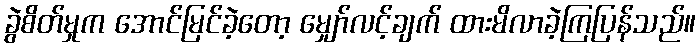
ခွဲစိတ်မှုက အောင်မြင်ခဲ့တော့ မျှော်လင့်ချက် ထားမိလာခဲ့ကြပြန်သည်။